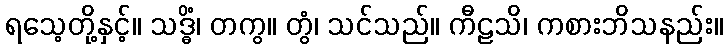
ရသေ့တို့နှင့်။ သဒ္ဓိံ၊ တကွ။ တွံ၊ သင်သည်။ ကီဠသိ၊ ကစားဘိသနည်း။